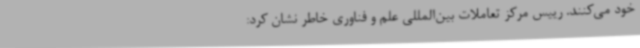
خود می‌کنند. رییس مرکز تعاملات بین‌المللی علم و فناوری خاطر نشان کرد: